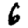
Digit: 6